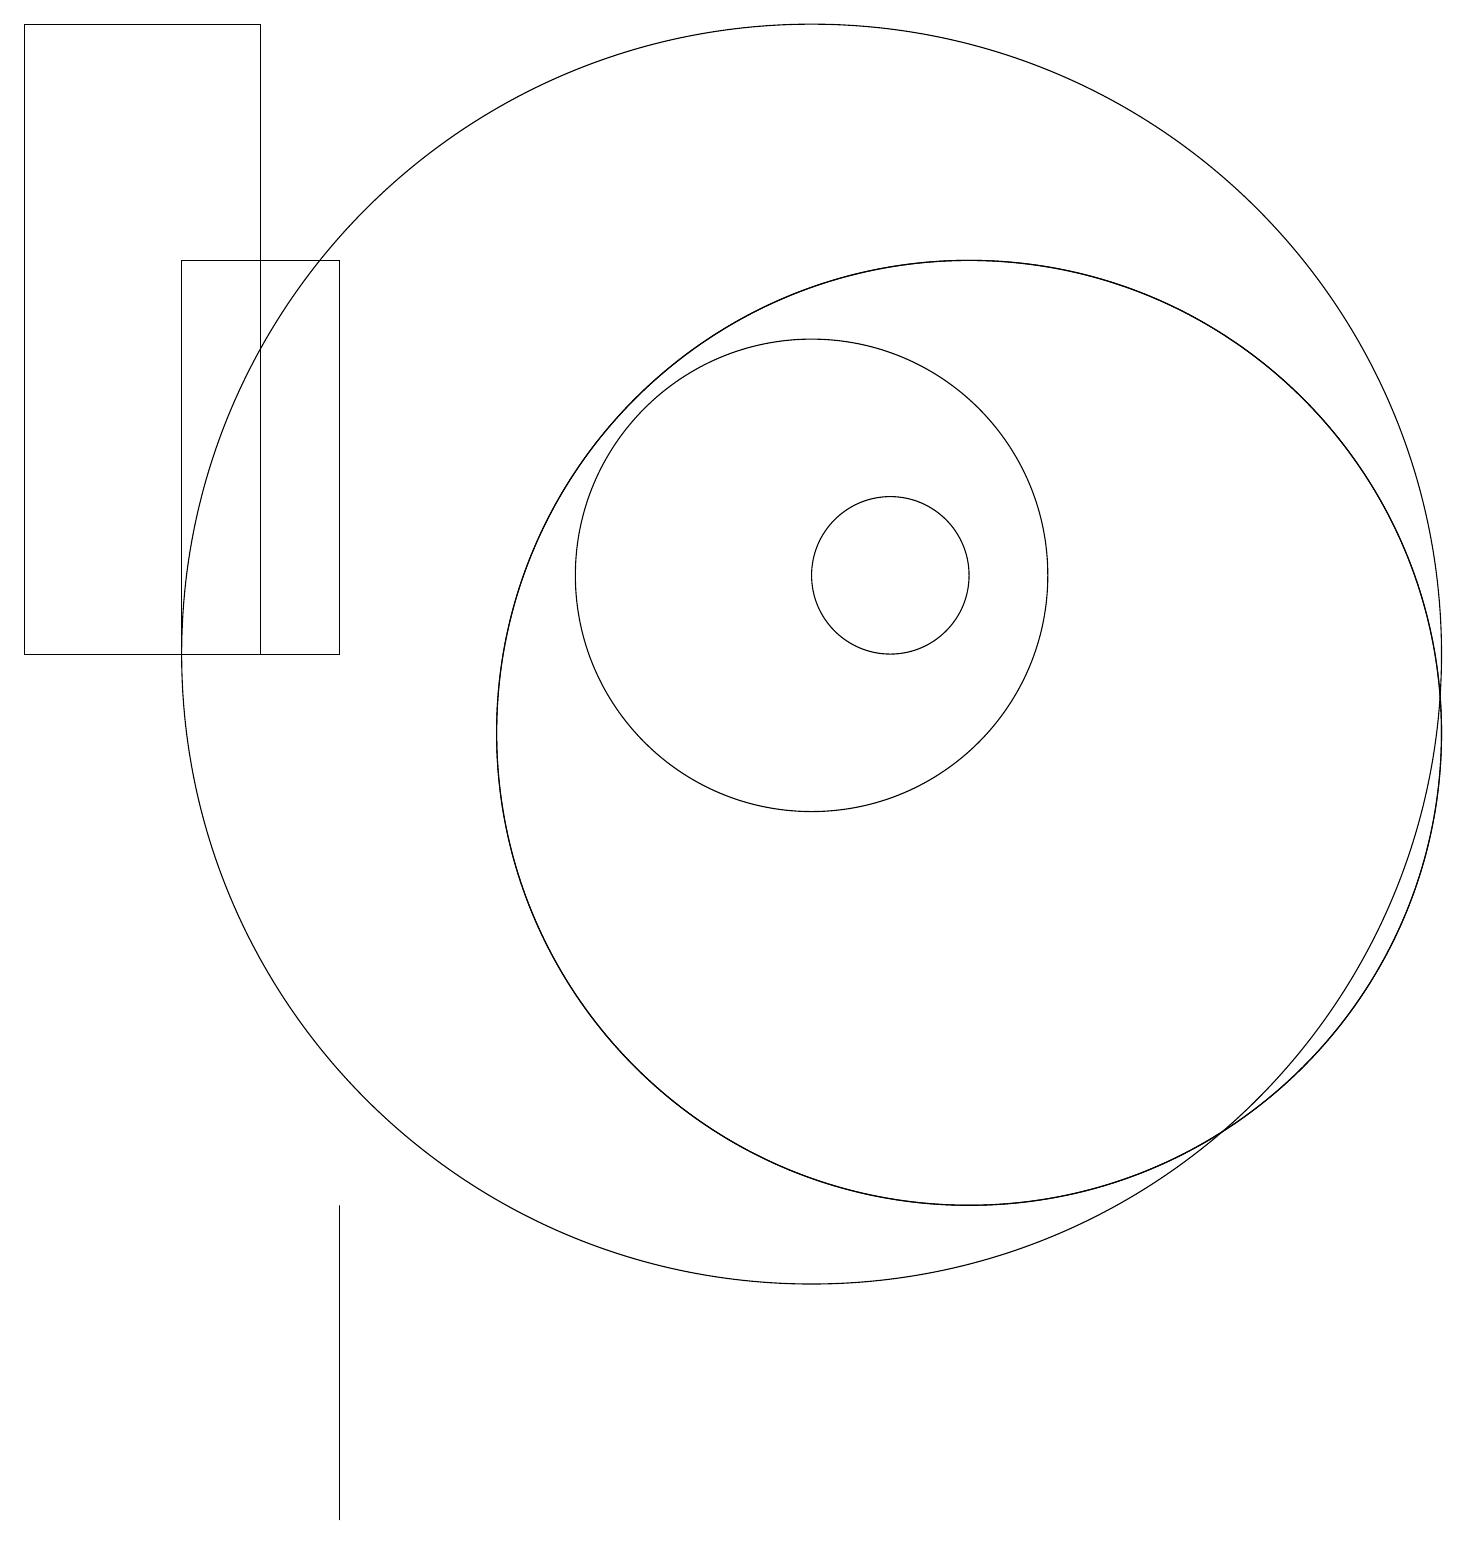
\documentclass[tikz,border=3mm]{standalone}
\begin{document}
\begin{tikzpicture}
\draw (11,12) circle (1);
\draw (12,10) circle (6);
\draw (2,11) rectangle (4,16);
\draw (12,10) circle (6);
\draw (10,12) circle (3);
\draw (0,11) rectangle (3,19);
\draw (10,11) circle (8);
\draw (4,2) -- (4,0) -- (4,4) -- cycle;
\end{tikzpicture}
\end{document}